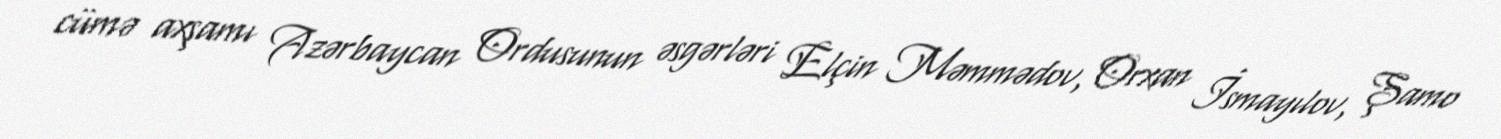
cümə axşamı Azərbaycan Ordusunun əsgərləri Elçin Məmmədov, Orxan İsmayılov, Şamo